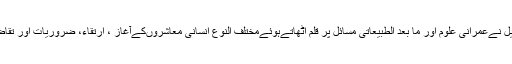
علامہ محمد یوسف جبریل نےعمرانی علوم اور ما بعد الطبیعاتی مسائل پر قلم اٹھاتےہوئےمختلف النوع انسانی معاشروںکےآغاز ، ارتقاء، ضروریات اور تقاضوں کو پیش نظر رکھا۔